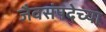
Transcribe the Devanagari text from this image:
जैवसंपदेच्या